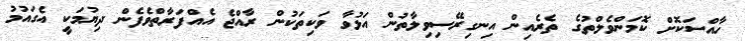
ހާއްސަކޮށް ކޮމަންވެލްތުގެ ތެރެއިން އިނގިރޭސިވިލާތުން އަޅުވާ ވަކިތަކުން ރާއްޖެ އެއްފަރާތްވެފެން ދިޔުމަކީ އެގައުމު